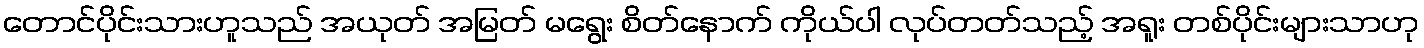
တောင်ပိုင်းသားဟူသည် အယုတ် အမြတ် မရွေး စိတ်နောက် ကိုယ်ပါ လုပ်တတ်သည့် အရူး တစ်ပိုင်းများသာဟု